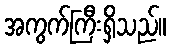
အကွက်ကြီးရှိသည်။